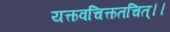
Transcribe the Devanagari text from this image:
यत्कवचित्कतचित्।।